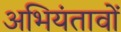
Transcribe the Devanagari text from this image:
अभियंतावों